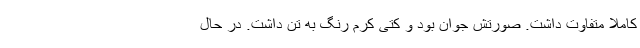
کاملا متفاوت داشت. صورتش جوان بود و کتی کرم رنگ به تن داشت. در حال